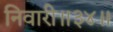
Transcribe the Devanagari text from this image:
निवारी॥३४॥